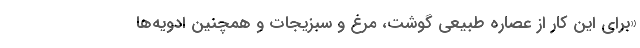
«برای این کار از عصاره طبیعی گوشت، مرغ و سبزیجات و همچنین ادویه­ها